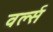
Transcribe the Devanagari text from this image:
वर्ल्स